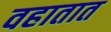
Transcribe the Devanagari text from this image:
वहातात